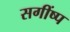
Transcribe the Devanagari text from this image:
सगींष्प